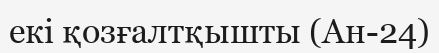
екі қозғалтқышты (Ан-24)